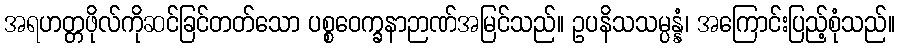
အရဟတ္တဖိုလ်ကိုဆင်ခြင်တတ်သော ပစ္စဝေက္ခနာဉာဏ်အမြင်သည်။ ဥပနိသသမ္ပန္နံ၊ အကြောင်းပြည့်စုံသည်။